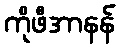
ကိုဖီအာနန်